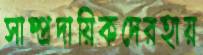
সাম্প্রদায়িকদেরহায়